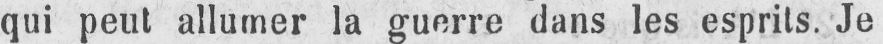
qui peut allumer la guerre dans les esprits. Je